Report on vaccination in Madras 1895-1903 - 1895-1903
Year: 1895
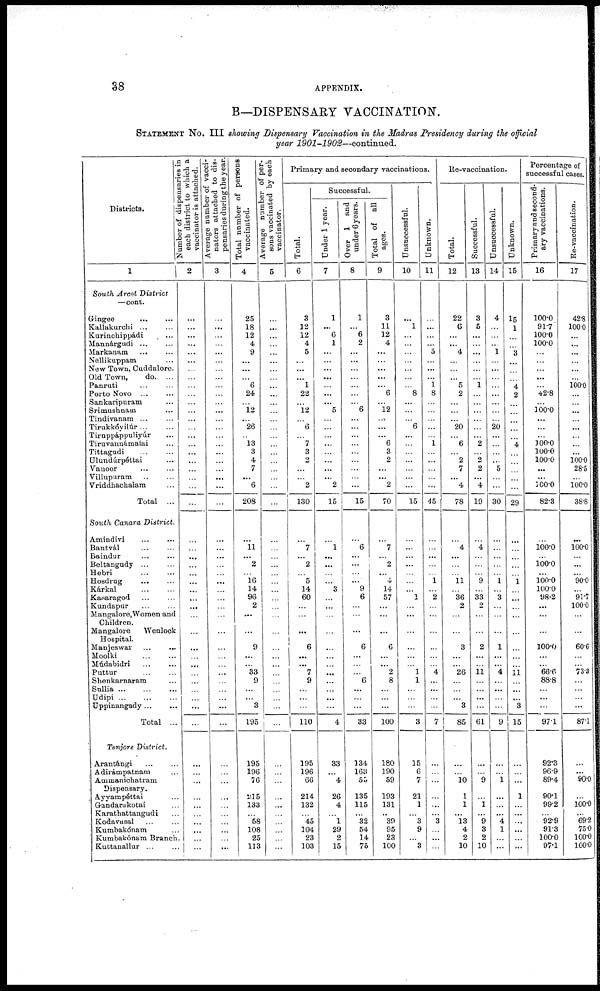
38
APPENDIX.
B—DISPENSARY VACCINATION.
STATEMENT No. III showing Dispensary Vaccination in the Madras Presidency during the official
year 1901-1902—continued.
Districts.
1
South Arcot District
—cont.
Gingee
...
...
Kallakurchi ... ...
Kurinchippádi
...
Mannárgudi
...
...
Markanam ... ...
Nellikuppam ...
New Town, Cuddalore.
Old Town,
do. ...
Panruti ... ...
Porto Novo ... ...
Sankaripuram ...
Srimushnam ...
Tindivanam ... ...
Tirukkóyilúr ... ...
Tiruppáppuliyúr ...
Tiruvannámalai ...
Tittagudi
...
...
Ulundúrpéttai ...
Vanoor ... ...
Villupuram ... ...
Vriddhachalam ...
Total ...
South Canara District.
Amindivi ... ...
Bantvál ... ...
Baindur
...
...
Beltangudy ... ...
Hebri
...
...
Hosdrug
...
...
Kárkal
...
...
Kasaragod ... ...
Kundapur ... ...
Mangalore, Women and
Children.
Mangalore
Wenlock
Hospital.
Manjeswar
...
...
Moolki ... ...
Múdabidri
...
...
Puttur
...
...
Shenkarnaram ...
Sullia
...
...
...
Udipi
...
...
...
Uppinangady...
...
Total ...
Tanjore District.
Arantángi ... ...
Adirámpatnam ...
Ammanichatram
Dispensary.
Ayyarapéttai ...
Grandarakotai ...
Karathattangudi ...
Kodavasal ... ...
Kumbakónam ...
Kumbakónam Branch.
Kuttanallur
...
...
Number of dispensaries in
each district to which a
vaccinator is attached.
2
...
...
...
...
...
...
...
...
...
...
... ...
...
... ...
...
...
...
...
...
...
...
...
...
...
...
... ...
...
...
...
...
...
...
... ...
...
...
...
... ...
...
...
... ...
... ...
... ...
...
...
...
Average number of vacci-
nators attached to dis-
pensaries during the year.
3
...
...
...
... ...
...
... ...
...
... ...
...
... ...
... ...
...
...
... ...
...
...
...
...
...
...
... ...
...
...
...
...
...
...
...
... ...
...
...
... ...
...
...
... ...
...
...
...
... ...
... ...
Total number of persons
vaccinated.
4
25
18
12
4
9
...
...
... 6
24
... 12
...
26
... 13
3
4
7
...
6
208
...
11
...
2
... 16
14
96
2
...
...
9
...
... 33
9
...
... 3
195
195
196
76
215
133
...
58
108
25
113
Average number of per-
sons vaccinated by each
vaccinator.
5
...
...
...
... ...
...
... ...
...
...
...
...
... ...
...
...
...
...
...
...
...
...
...
...
...
...
...
...
...
...
...
...
...
... ...
...
...
...
...
...
...
...
...
...
...
... ...
...
...
...
... ...
Primary and secondary vaccinations.
Total.
6
3
12
12
4
5
...
...
...
1
22
...
12
... 6
... 7
3
2
...
... 2
130
...
7
...
2
... 5
14
60
...
...
...
6
...
...
7
9
... ...
...
110
195
196
66
214
132
... 45
104
23
103
Successful.
Under 1 year.
7
1
...
6
1
...
... ...
...
... ...
...
5
... ...
... ...
...
... ...
...
2
15
...
1
...
...
...
... 3
... ...
...
...
...
...
... ...
...
... ...
...
4
33
... 4
26
4
... 1
29
2
15
Over 1 and
under 6 years.
8
1
...
6
2
...
...
...
... ...
... ...
6
...
...
...
... ...
...
...
... ...
15
...
6
...
...
...
... 9
6
...
...
...
6
...
...
... 6
...
... ...
33
134
163
55
135
115
...
32
54
14
75
Total of all
ages.
9
3
11
12
4
...
... ...
...
...
6
... 12
...
...
...
6
3
2
...
...
2
70
...
7
... 2
...
4
14
57
... ...
...
6
...
...
2
8
...
... ...
100
180
190
59
193
131
... 39
95
23
100
Unsuccessful.
10
...
1
...
...
...
...
...
...
... 8
...
...
... 6
...
...
... ...
...
...
...
15
...
... ...
...
...
...
... 1
... ...
...
...
...
... 1
1
...
...
...
3
15
6
7
21
1
... 3
9
...
3
Unknown.
11
...
...
...
... 5
... ...
...
1 8
...
...
... ...
...
1
...
...
...
... ...
45
...
... ...
...
...
1
... 2
...
...
...
...
...
... 4
...
...
...
...
7
...
...
...
...
...
... 3
... ...
...
Re-vaccination.
Total.
12
22
6
...
...
4
...
...
... 5
2
...
...
... 20
... 6
... 2
7
...
4
78
...
4
...
...
... 11
... 36
2
...
...
3
...
... 26
...
... ...
3
85
...
... 10
1
1
...
13
4
2
10
Successful.
13
3
5
...
... ...
...
...
...
1
...
...
...
...
...
... 2
... 2
2
...
4
19
...
4
...
...
... 9
... 33
2
...
...
2
...
...
11
...
... ...
...
61
...
... 9
...
1
...
9
3 2
10
Unsuccessful.
14
4
...
...
... 1
...
...
... ...
...
...
...
... 20
...
...
... ...
5
...
...
30
...
...
...
...
...
1
... 3
...
...
...
1
...
...
4
...
...
...
...
9
...
... 1
...
... ...
4
1
...
...
Unknown.
15
15
1
...
... 3
...
...
... 4
2
...
...
...
...
... 4
...
...
...
...
...
29
...
...
...
...
... 1
... ...
... ...
...
...
...
...
11
... ...
...
3
15
...
... ...
1
...
... ...
...
...
...
Percentage of
successful cases.
Primary and second-
ary vaccinations.
16
100.0
91.7
100.0
100.0
...
...
... ...
...
42.8
... 100.0
...
...
... 100.0
100.0
100.0
...
...
100.0
82.3
...
100.0
...
100.0
...
100.0
100.0
98.2
...
...
...
100.0
...
...
66.6
88.8
... ...
...
97.1
92.3
96.9
89.4
90.1
99.2
... 92.9
91.3
100.0
97.1
Re-vaccination.
17
42.8
100.0
...
...
... ...
...
... 100.0
...
... ...
... ...
...
... ...
100.0
28.5
... 100.0
38.8
...
100.0
... ...
... 90.0
... 91.7
100.0
...
...
60.6
... ...
73.3
...
...
... ...
87.1
...
...
90.0
... 100.0
...
69.2
75.0
100.0
100.0